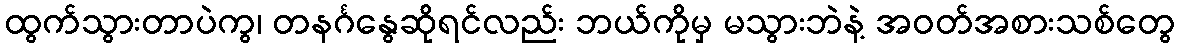
ထွက်သွားတာပဲကွ၊ တနင်္ဂနွေဆိုရင်လည်း ဘယ်ကိုမှ မသွားဘဲနဲ့ အဝတ်အစားသစ်တွေ